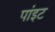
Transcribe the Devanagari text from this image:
पांइट